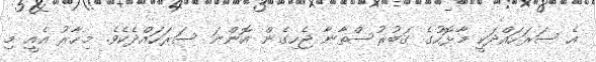
އެ ސަރަހައްދަކީ މާޅޮހުގެ ގަބުރުސްތާނާ ޖެހިގެން އޮންނަ ސަރަހައްދެކެވެ. މިހާރު އެއީ މި